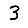
Digit: 3